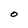
Character: O